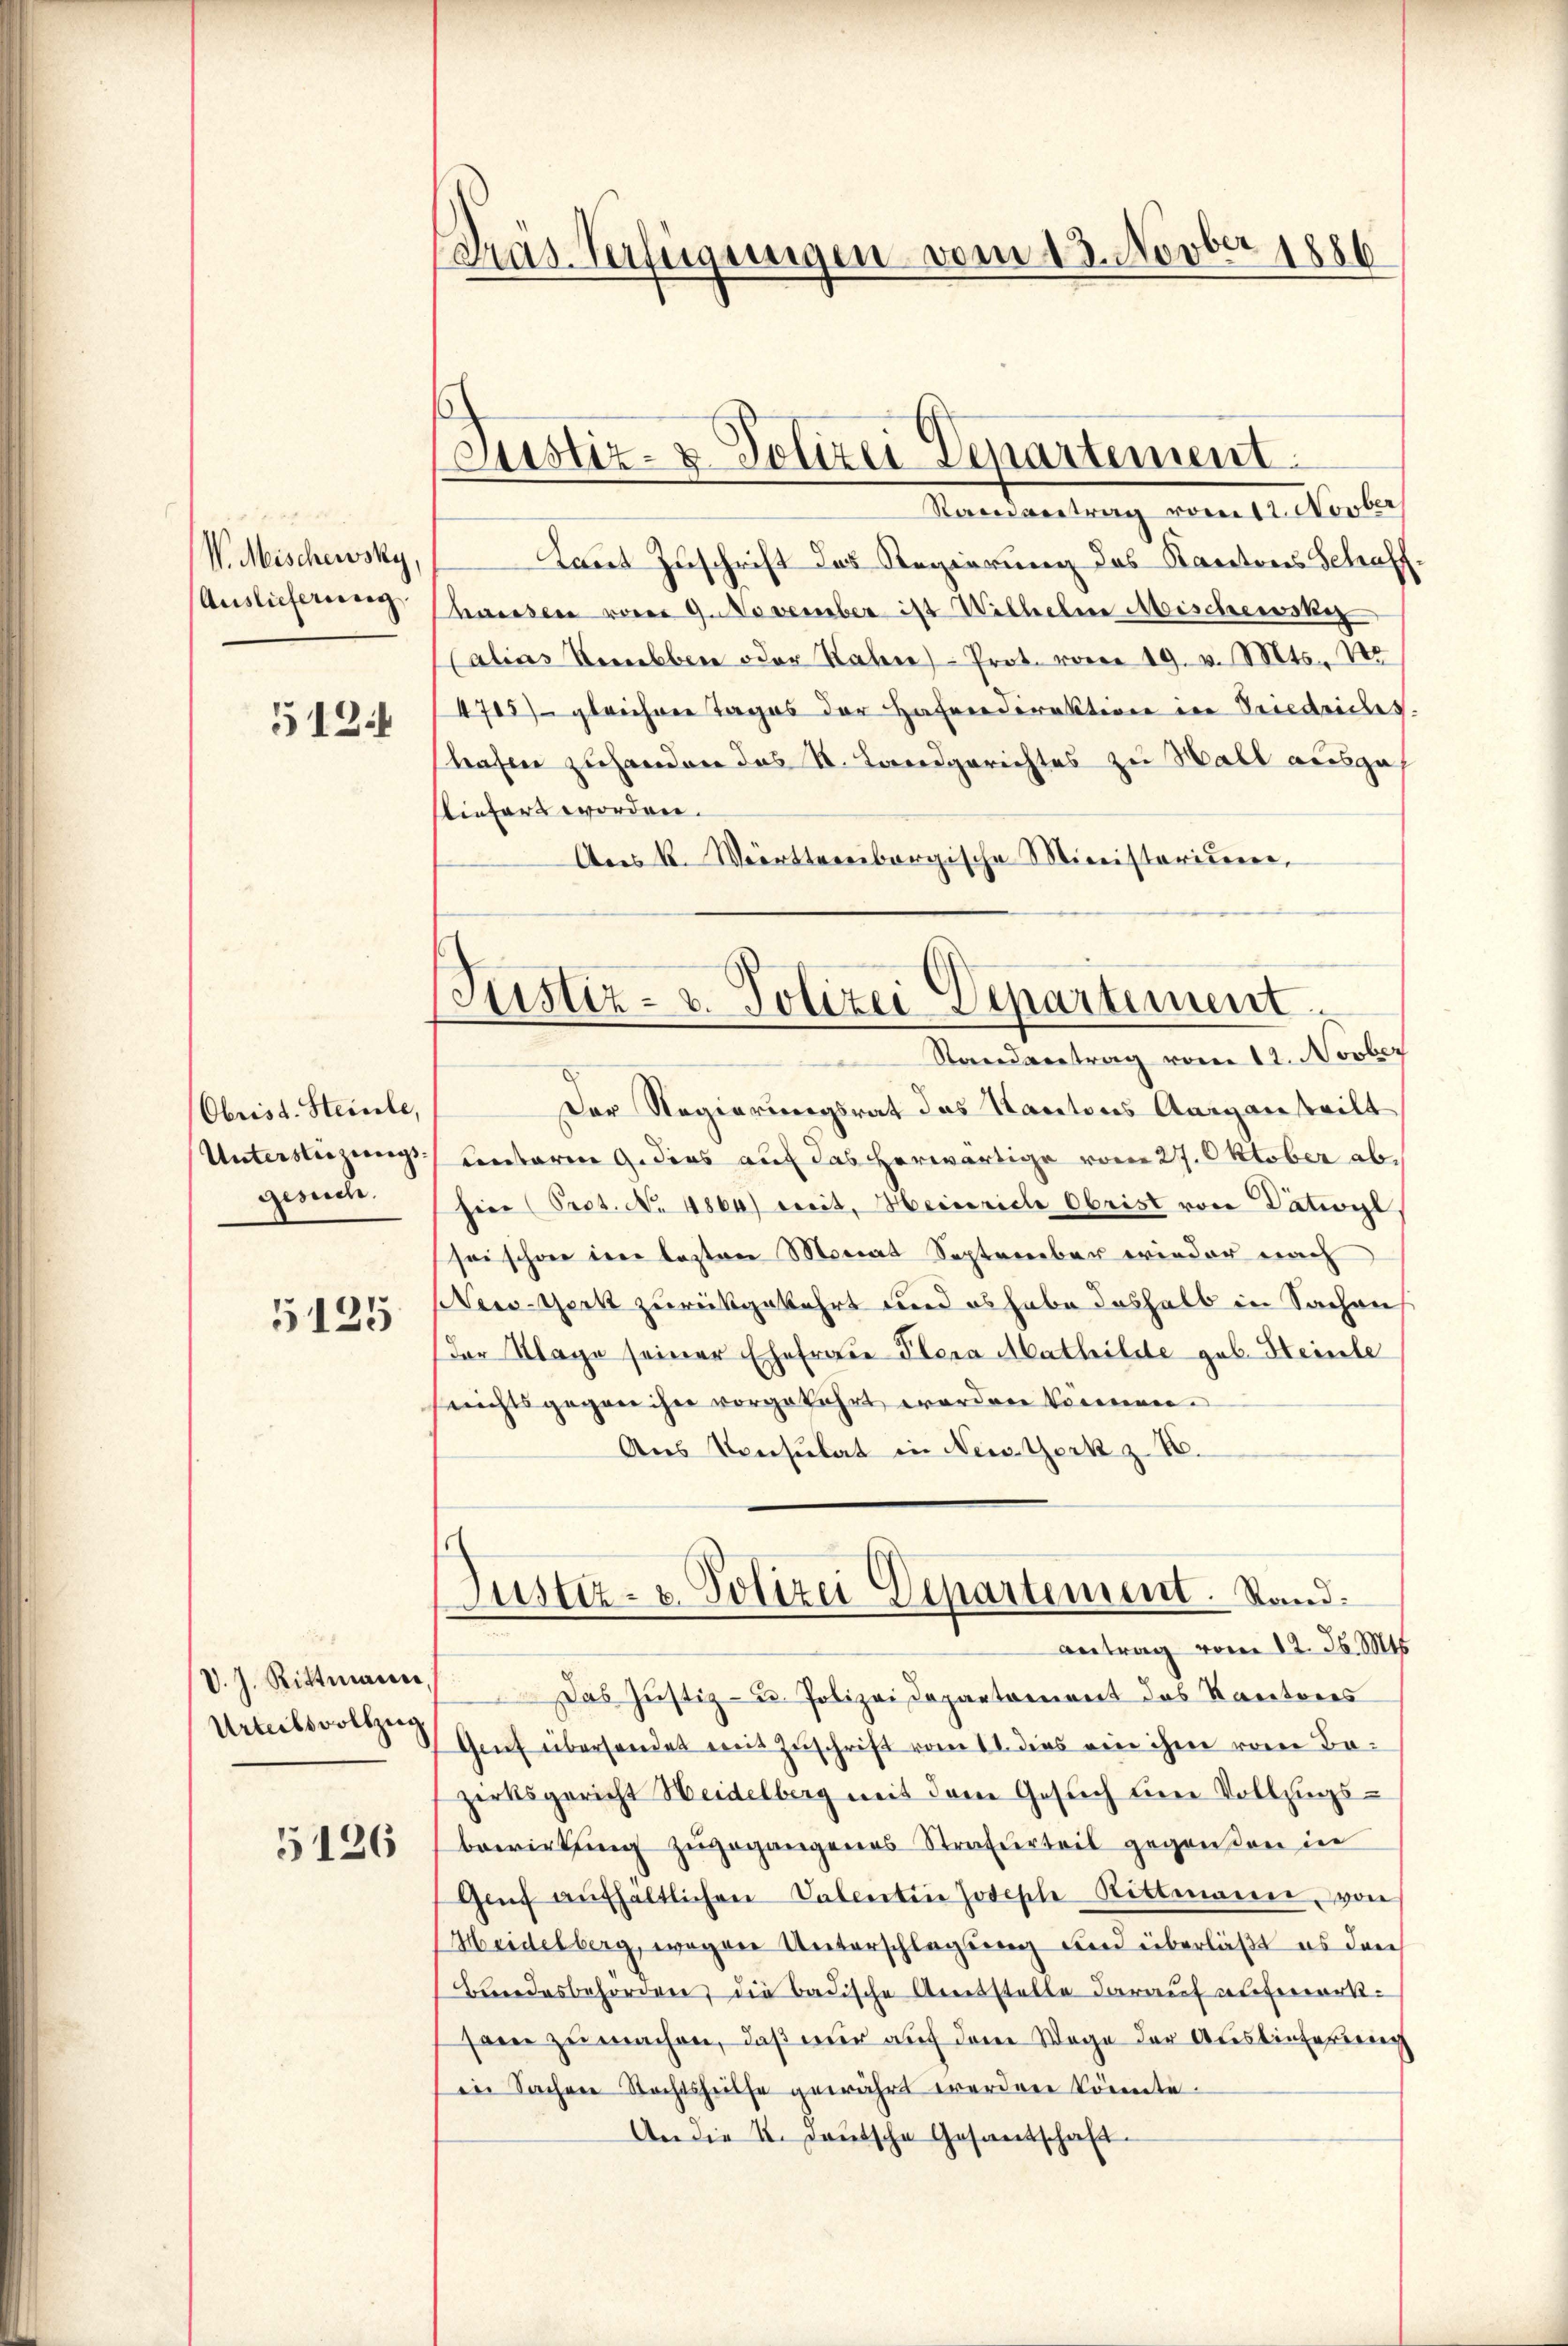
V. Mischewsky,
Auslieferung

512.

Obris d. Steinle,
Unterstüzungsgesuch.

5125

V. J. Rittmann
Urteilsvollzug

5126

Präs. Verfügungen vom 13. Novber 1880

Justiz- & Polizei Departement.

Justiz- u. Polizei-Departement.
Standvertrag vom 12. Novber

Randvertrag vom 12. Novber
Laut Zuschrift das Regierung des Kantons Schaff
bwesen vom 9. November ist Wilhelne Mischewski
Calins Verebbere oder Nahen Prot. vom 19. v. Mts., N
4705) gleichner Tages der Hafnerdirektione in Friedrices.
bahen zuhanden das St. Landgerichtes zu Hall ausgef
liefert worden.
An K. Württembergische Ministerium,
Der Regierungsrat das Kantons Aarganteilt
ventaren 9. dies auf das herwärtige vom 27. Oktober ab.
hier (Prot. No 4800) cit. Heinrich Obrist von Dativyl
sei schon den lasten Monat September wieder nach
New-York zurückgekehrt und es habe deshalb in Sachens
Der Klage seiner Ehefraue Plera Mathilde geb. Steinle
erichtsgegann ihre vorgekehrt worden können.
Aus Konsulat in New-York z. B.
Justiz- u. Polizei Departement. Stand:
Antrag vom 12. d. Mts.
Das Justiz- u. Polizei Departement des Kantores
Gruf überhandet mit Zuschrift vom 11. dies ein ihm von Bazirksgericht Heidelberg mit dem Gesuch um Vollzugs-
bewirkung zugegangenes Strafurteil gegenden in
Genf aŭfhaltlichen Valentin Joseph Rittmann, von
Heidelberg, wegen Unterschlagung und überläßt es den
Bundesbehörden, die badische Amtstelle darauf aufmerksam zu machen, daß nur auf dem Wege der Auslieferung
in Sachen Rechtshülfe gewährt werden könnte.
An die II. Deutsche Gesantschaft.